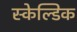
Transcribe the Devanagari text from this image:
स्केल्डिक